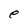
Character: e